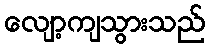
လျော့ကျသွားသည်